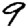
Digit: 9